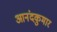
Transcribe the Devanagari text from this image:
आनंदकुमार